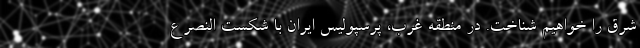
شرق را خواهیم شناخت. در منطقه غرب، پرسپولیس ایران با شکست النصر ع